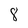
Character: 8